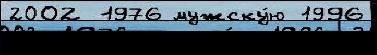
2002 1976 мужску́ю 1996